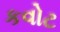
કવોટ